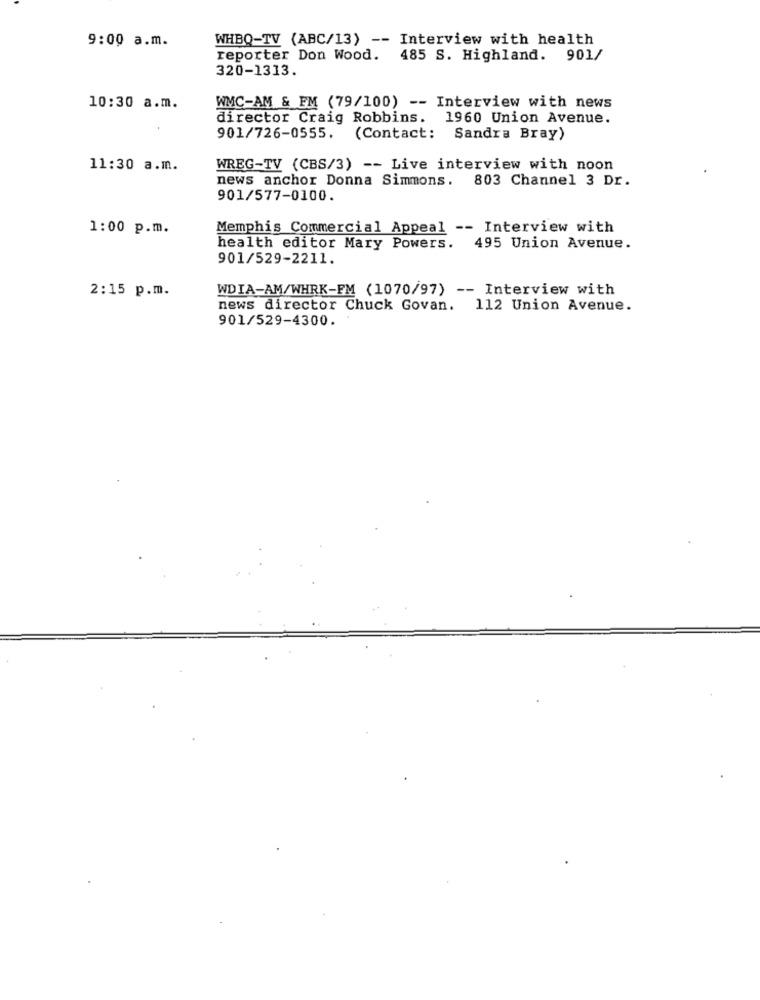
9:00 a.m.
WHBQ-TV (ABC/13) -- Interview with health
reporter Don Wood. 485 S. Highland. 901/
320-1313.
10:30 a.m.
WMC-AM & EM (79/100) -- Interview with news
director Craig Robbins. 1960 Union Avenue.
901/726-0555.
(Contact: Sandra Bray)
11:30 a.m.
WREG-TV (CBS/3) -- Live interview with noon
news anchor Donna Simmons.
803 Channel 3 Dr.
901/577-0100.
1:00 p.m.
Memphis Commercial Appeal -- Interview with
health editor Mary Powers.
495 Union Avenue.
901/529-2211.
WDIA-AM/WHRK-FM (1070/97) -- Interview with
2:15 p.m.
news director Chuck Govan. 112 Union Avenue.
901/529-4300.